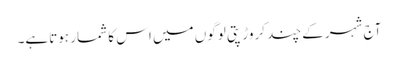
آج شہرکے چند کروڑپتی لوگوں میں اس کا شمار ہوتاہے۔